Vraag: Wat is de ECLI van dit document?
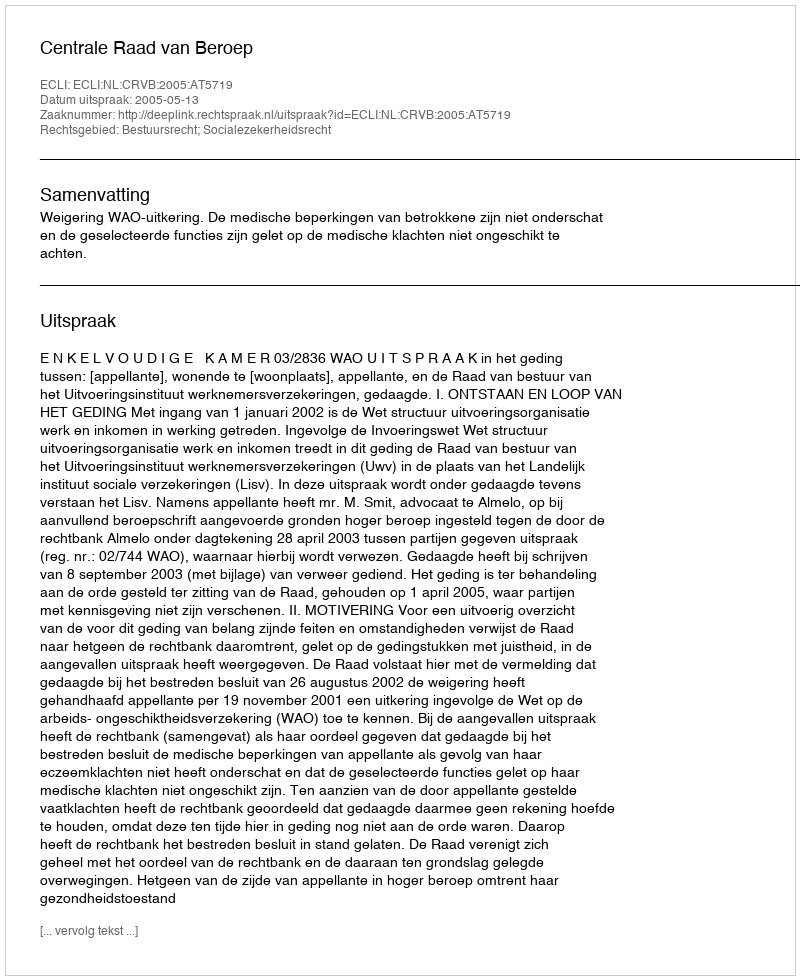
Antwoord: ECLI:NL:CRVB:2005:AT5719